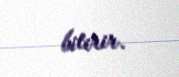
bitirir.